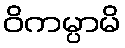
ဝိကမ္ပာမိ